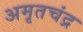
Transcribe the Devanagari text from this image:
अमृतचंद्र